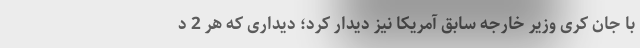
با جان کری وزیر خارجه سابق آمریکا نیز دیدار کرد؛ دیداری که هر 2 د